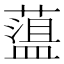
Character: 𦼬